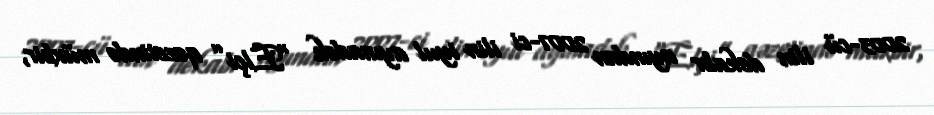
2003-cü ilin dekabr ayından 2007-ci ilin iyul ayınadək "Elçi” qəzetində müxbir,